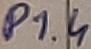
Text: P1.4